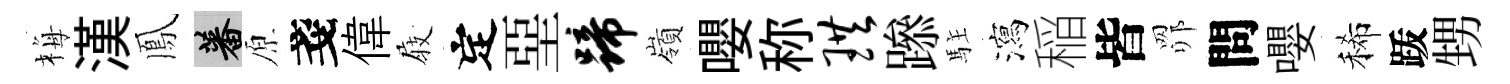
梅漢鳳蕃原戔偉𡲆定堊蹄嶺嚶称珙𨅶駐瀉稲皆𦊑問嚶稀䟦甥